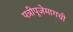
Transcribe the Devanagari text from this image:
पत्रीपूजेमागची